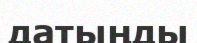
датыңды